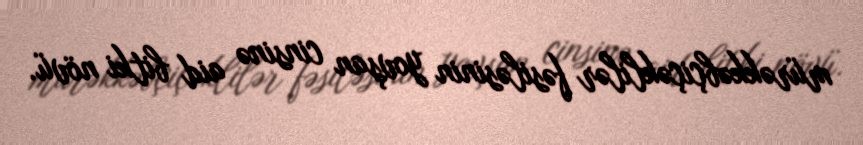
mürəkkəbçiçəklilər fəsiləsinin yovşan cinsinə aid bitki növü.